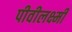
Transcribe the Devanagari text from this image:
पीवीलक्ष्मी